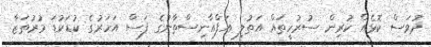
ދުވަސް ކޮޅެއް ކުރިން ސުރުހީތައް އަތުލި އަފްޣާނިސްތާނުގެ ފަސް އަހަރުގެ ކުޑަކުޑަ މުރުތަޒާ